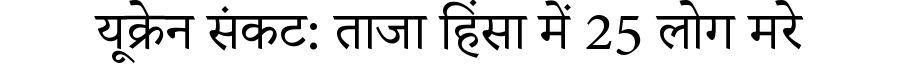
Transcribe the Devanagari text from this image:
यूक्रेन संकट: ताजा हिंसा में 25 लोग मरे